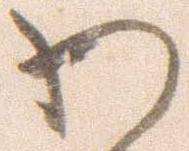
わ